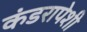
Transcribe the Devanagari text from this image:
कंडरापेशी